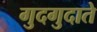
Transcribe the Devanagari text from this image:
गुदगुदाते